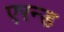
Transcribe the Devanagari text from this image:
एरन्ड